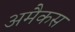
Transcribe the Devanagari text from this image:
अमैकस